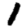
Digit: 1